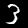
Digit: 3